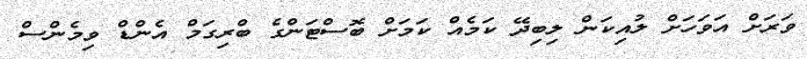
ވަރަށް އަވަހަށް ލުއިކަން ލިބިދޭ ކަމެއް ކަމަށް ބޮސްޓަންގެ ބްރިގަމް އެންޑް ވިމެންސް